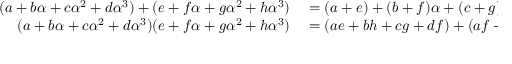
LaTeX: \begin{array} { r l } { ( a + b \alpha + c \alpha ^ { 2 } + d \alpha ^ { 3 } ) + ( e + f \alpha + g \alpha ^ { 2 } + h \alpha ^ { 3 } ) } & { { } = ( a + e ) + ( b + f ) \alpha + ( c + g ) \alpha ^ { 2 } + ( d + h ) \alpha ^ { 3 } } \\ { ( a + b \alpha + c \alpha ^ { 2 } + d \alpha ^ { 3 } ) ( e + f \alpha + g \alpha ^ { 2 } + h \alpha ^ { 3 } ) } & { { } = ( a e + b h + c g + d f ) + ( a f + b e + b h + c g + d f + c h + d g ) \alpha \; + } \end{array}